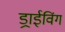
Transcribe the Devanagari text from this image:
ड्राईविंग